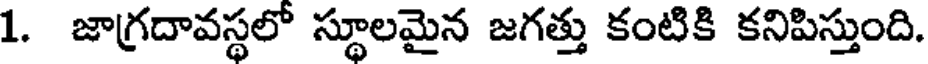
1. జాగ్రదావస్థలో స్థూలమైన జగత్తు కంటికి కనిపిస్తుంది.